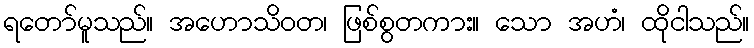
ရတော်မူသည်။ အဟောသိဝတ၊ ဖြစ်စွတကား။ သော အဟံ၊ ထိုငါသည်။